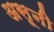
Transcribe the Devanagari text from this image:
असूनी